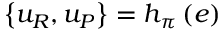
\left\{ u _ { R } , u _ { P } \right\} = h _ { \pi } \left( e \right)